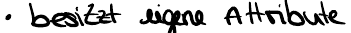
- besitzt eigene Attribute